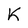
Character: K